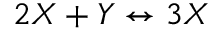
2 X + Y \leftrightarrow 3 X